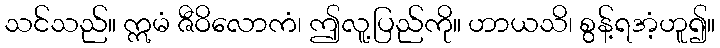
သင်သည်။ ဣမံ ဇီဝိလောကံ၊ ဤလူ့ပြည်ကို။ ဟာယသိ၊ စွန့်ရအံ့ဟူ၍။